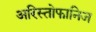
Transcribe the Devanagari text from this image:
अरिस्तोफानिज